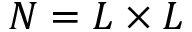
N = L \times L